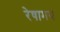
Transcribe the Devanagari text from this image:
रेषामय